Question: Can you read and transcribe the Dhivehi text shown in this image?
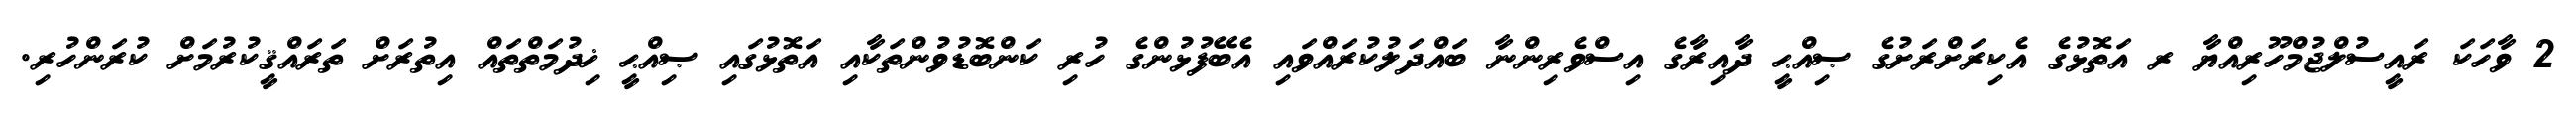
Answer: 2 ވާހަކަ ރައީސުލްޖުމްހޫރިއްޔާ ރ އަތޮޅުގެ އެކިރަށްރަށުގެ ޞިއްޙީ ދާއިރާގެ އިސްވެރިންނާ ބައްދަލުކުރައްވައި އެބޭފުޅުންގެ ހުރި ކަންބޮޑުވުންތަކާއި އަތޮޅުގައި ޞިއްޙީ ޚިދުމަތްތައް އިތުރަށް ތަރައްޤީކުރުމަށް ކުރަންހުރި.